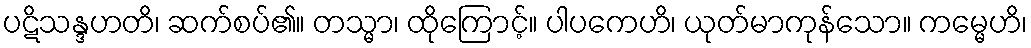
ပဋိသန္ဒဟတိ၊ ဆက်စပ်၏။ တသ္မာ၊ ထိုကြောင့်။ ပါပကေဟိ၊ ယုတ်မာကုန်သော။ ကမ္မေဟိ၊